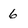
Character: 6